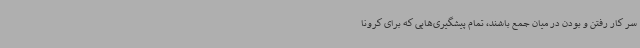
سر کار رفتن و بودن در میان جمع باشند، تمام پیشگیری‌هایی که برای کرونا